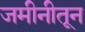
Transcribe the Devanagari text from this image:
जमीनीतून